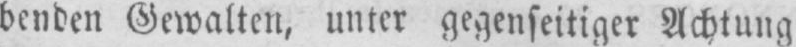
benden Gewalten, unter gegenseitiger Achtung